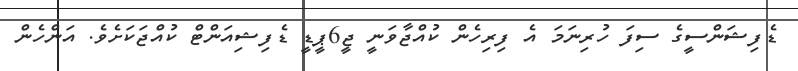
ޑެފިޝަންސީގެ ސިފަ ހުރިނަމަ އެ ފިރިހެން ކުއްޖާވަނީ ޖީ6ޕީޑީ ޑެފިޝިއަންޓް ކުއްޖަކަށެވެ. އަންހެން